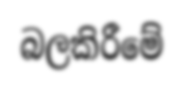
බලකිරීමේ